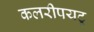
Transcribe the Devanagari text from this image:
कलरीपयटू